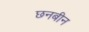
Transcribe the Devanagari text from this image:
छनबीन